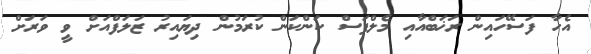
އެހާ ފަސޭހައިން ރަޚަބްއާއި މެލްފަސް ކަންކަން ކުރަމުން ދިޔައިރު ޒަލަފްއަށް ވީ ވަރަށް